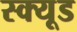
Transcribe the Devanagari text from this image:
स्क्यूड